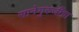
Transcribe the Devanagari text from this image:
सानेगुरुजींचा